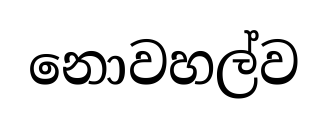
නොවහල්ව